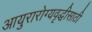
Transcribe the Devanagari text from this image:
आयुरारोग्यवृद्धीसाठी